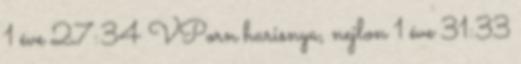
1 éve 27:34 VPorn harisnya, nejlon 1 éve 31:33